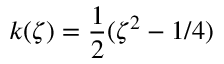
k ( \zeta ) = \frac { 1 } { 2 } ( \zeta ^ { 2 } - 1 / 4 )